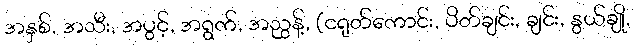
အနှစ်, အသီး, အပွင့်, အရွက်, အညွန့်, (ငရုတ်ကောင်း, ပိတ်ချင်း, ချင်း, နွယ်ချို,